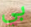
بي